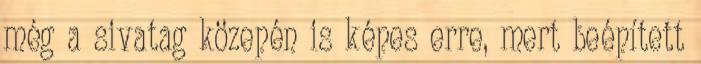
még a sivatag közepén is képes erre, mert beépített